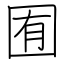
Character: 囿